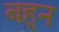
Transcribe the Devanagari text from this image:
बहुन